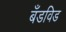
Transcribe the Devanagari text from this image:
बँडविड